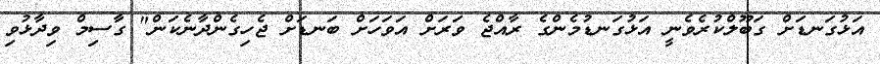
އަޅުގަނޑަށް ގަބޫލްކުރެވެނީ އަޅުގަނޑުމެންގެ ރާއްޖެ ވަރަށް އަވަހަށް ބަނޑަށް ޖެހިގެންދާނެކަން" ގާސިމް ވިދާޅުވި